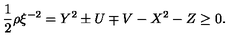
\frac { 1 } { 2 } \rho \xi ^ { - 2 } = Y ^ { 2 } \pm U \mp V - X ^ { 2 } - Z \geq 0 .